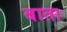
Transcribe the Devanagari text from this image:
बाता